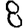
Digit: 8